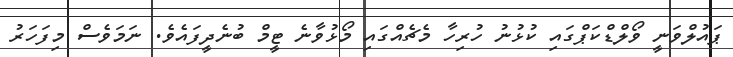
ޕައުލްވަނީ ވޯލްޑްކަޕްގައި ކުޅުނު ހުރިހާ މެޗެއްގައި މޯޅުވާނެ ޓީމް ބުނެދީފައެވެ. ނަމަވެސް މިފަހަރު